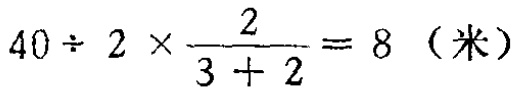
\(40\div 2\times\frac{2}{3 + 2}=8\)（米）